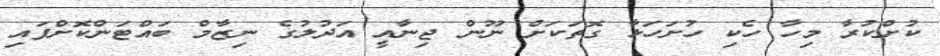
ކުށްކުރާ މިހާ ހެކި ހުށަހަޅާ ގޮތަކަށް ނޫން ޖިނާއީ އަދުލުގެ ނިޒާމް ބައްޓަންކޮށްފައި